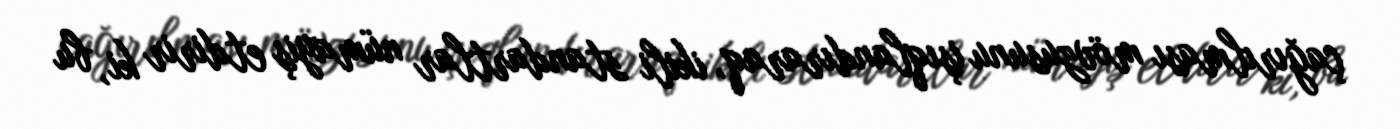
çağırılması mövzusunu işıqlandıraraq, ikili standartlar nümayiş etdirir ki, bu